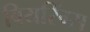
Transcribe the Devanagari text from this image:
बियरिंग्स